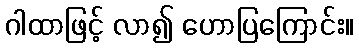
ဂါထာဖြင့် လာ၍ ဟောပြကြောင်း။